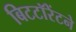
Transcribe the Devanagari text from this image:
बिटटॉरेंटने